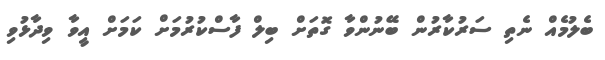
ބެލުމެއް ނެތި ސަރުކާރުން ބޭނުންވާ ގޮތަށް ބިލް ފާސްކުރުމަށް ކަމަށް އީވާ ވިދާޅުވި